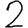
Digit: 2